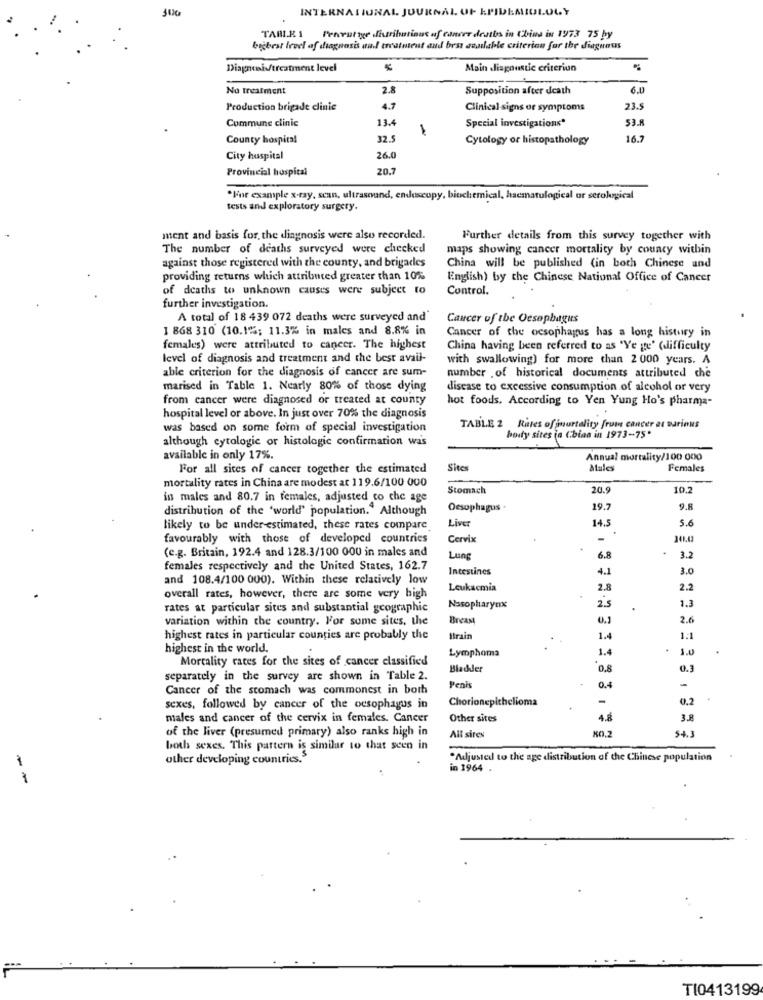
INTERNATIONAL JOURNAL OF EPIDEMIOLOGY
TABLE 1 Percvutiye distributions of cancer deaths in China in 1973 75 by
bijbest level of diagnosis and treatment and bess conilable criterion for the diagnosis
Diagnosis/treatment level
Main diagnostic criteriun
No treatment
2.8
Supposition after death
6.0
Production brigade clinic
4.7
Clinical signs of symptoms
23.$
Commune clinic
13.4
Special investigations*
53.8
County hospital
32.5
Cytology or histopathology
16.7
City hospital
26.0
Provincial hospital
20.7
*For example x-ray, scan, ultrasound, endoscopy, biuchemical, haematulogical or serological
tests and exploratory surgery.
ment and basis for, the diagnosis were also recorded.
Further details from this survey together with
The number of deaths surveyed were checked
maps showing cancer mortality by county within
against those registered with the county, and brigades
China will be published (in both Chinese and
providing returns which attributed greater than 10%
English) by the Chinese National Office of Cancer
of deaths to unknown causes were subject to
Control.
further investigation.
A total of 18 439 072 deaths were surveyed and'
Cancer of the Oesophagus
1 868 310 (10.1%; 11.3% in males and 8.8% in
Cancer of the oesophagus has a long history in
females) were attributed to cancer. The highest
China having been referred to as 'Ye ge' (difficulty
level of diagnosis and treatment and the best avail-
with swallowing) for more than 2 000 years. A
able criterion for the diagnosis of cancer are sum-
number . of historical documents attributed che
marised in Table 1. Nearly 80% of those dying
disease to excessive consumption of alcohol or very
from cancer were diagnosed or treated at county
hot foods, According to Yen Yung Ho's pharma-
hospital level or above. In just over 70% the diagnosis
was based on some form of special investigation
TABLE 2 Rires offmortality from cancer at various
although cytologic or histologic confirmation was
body sites (a Chian in 1973-75'
available in only 17%.
Annual mortality/100 000
For all sices of cancer together the estimated
Sites
Atales
Females
mortality rates in China are modest at 119.6/100 000
Stomach
20.9
10.2
in males and 80.7 in females, adjusted to che age
distribution of the 'world' population."Although
Oesophagus ·
19.7
9.8
Liver
14.5
5.6
likely to be under estimated, these rates compare
favourably with those of developed countries
Cervix
-
30.02
(e.g. Britain, 192.4 and 128.3/100 000 in males and
Lung
6.8
3.2
females respectively and the United States, 162.7
Intestines
4.1
3.0
and 108.4/100 000). Within these relatively low
Leukacmia
2.8
2.2
overall rates, however, there are some very bigh
25
rates at particular sites and substantial geographic
Nasopharynx
1.3
variation within the country. For some sites, the
Breast
U.1
2.6
highest rates in particular counties are probably the
Itrain
1.4
1:1
highest in the world.
Lymphoma
1.4
1.0
Mortality rates for the sites of cancer classified
Bladder
0.8
0.3
separately in the survey are shown in Table 2.
-
Cancer of the stomach was commonest in both
Penis
0.4
Chorionepithclioma
-
0.2
sexes, followed by cancer of the oesophagus in
males and cancer of the cervix in females. Cancer
Other sites
4.8
3.8
of the liver (presumed primary) also ranks high in
10.2
All sires
54.3
both sexes. This pattern is similar to that seen in
other developing countries,5
"Adjusted to the age distribution of the Chinese population
-
in 1964 .
1
TI0413199